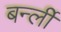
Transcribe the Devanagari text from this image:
बर्न्ली